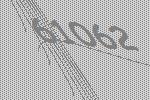
61062